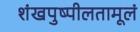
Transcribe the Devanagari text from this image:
शंखपुष्पीलतामूलं